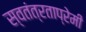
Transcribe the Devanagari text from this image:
स्वतंत्रताप्रेमी